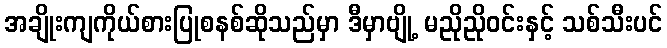
အချိုးကျကိုယ်စားပြုစနစ်ဆိုသည်မှာ ဒီမှာဗျို့ မညိုညိုဝင်းနှင့် သစ်သီးပင်